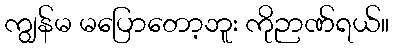
ကျွန်မ မပြောတော့ဘူး ကိုဉာဏ်ရယ်။